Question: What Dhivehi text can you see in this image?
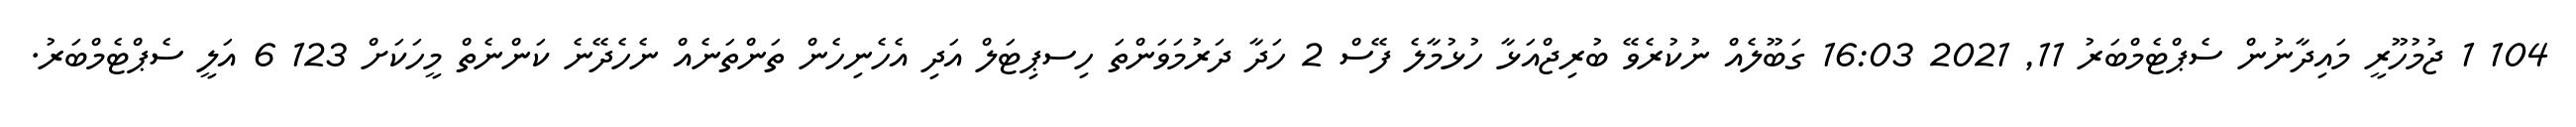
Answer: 104 1 ޖުމުހޫރީ މައިދާނުން ސެޕްޓެމްބަރު 11, 2021 16:03 ގަބޫލެއް ނުކުރެވޭ ބުރިޖްއަޅާ ހުޅުމާލެ ފޭސް 2 ހަދާ ދަރުމަވަންތަ ހިސޕިޓަލް އަދި އެހެނިހެން ތަންތަނެއް ނެހެދޭނެ ކަންނެތް މީހަކަށް 123 6 އަލީ ސެޕްޓެމްބަރު.